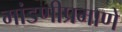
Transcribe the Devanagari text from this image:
मांडणीप्रमाणे